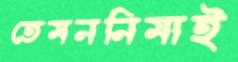
তেমননিমাই